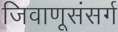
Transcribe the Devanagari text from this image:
जिवाणूसंसर्ग